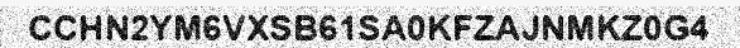
CCHN2YM6VXSB61SA0KFZAJNMKZ0G4